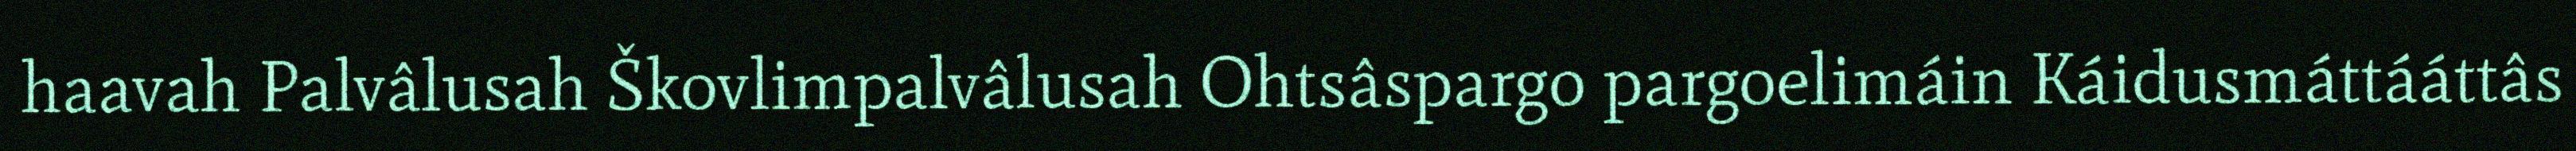
haavah Palvâlusah Škovlimpalvâlusah Ohtsâspargo pargoelimáin Káidusmáttááttâs